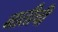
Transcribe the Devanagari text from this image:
नातीची